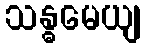
သန္ဓမေယျ